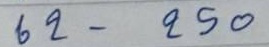
62 - 250